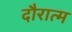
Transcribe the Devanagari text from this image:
दौरात्म